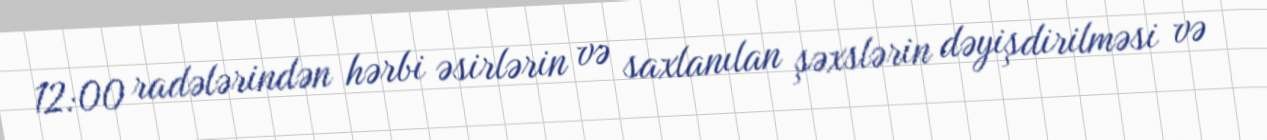
12:00 radələrindən hərbi əsirlərin və saxlanılan şəxslərin dəyişdirilməsi və